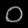
Digit: ၀